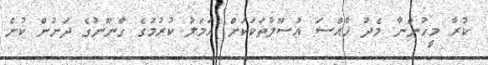
ކުރާ މީހުންނާ މެދު ޚާއްސަ އުސޫލުތަކަކަށް އަމަލު ކުރުމުގެ ގާނޫނުގެ ދަށުން ކުށް